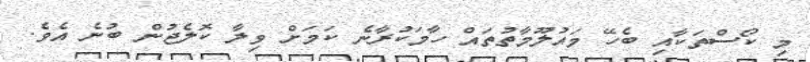
މި ކޯސްތަކާއި ބެހޭ މައުލޫމާތުތައް ހާމަކުރާނެ ކަމަށް ވިލާ ކޮލެޖުން ބުނެ އެވެ.